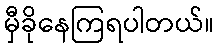
မှီခိုနေကြရပါတယ်။